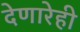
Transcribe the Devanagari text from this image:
देणारेही